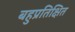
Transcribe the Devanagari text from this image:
बहुप्रतिक्षित